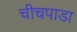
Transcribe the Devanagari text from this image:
चीचपाडा